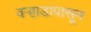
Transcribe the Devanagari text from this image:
वऱ्हाडापासून